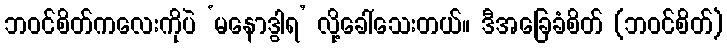
ဘဝင်စိတ်ကလေးကိုပဲ ‘မနောဒွါရ’ လို့ခေါ်သေးတယ်။ ဒီအခြေခံစိတ် (ဘဝင်စိတ်)